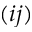
( i j )